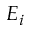
E _ { i }